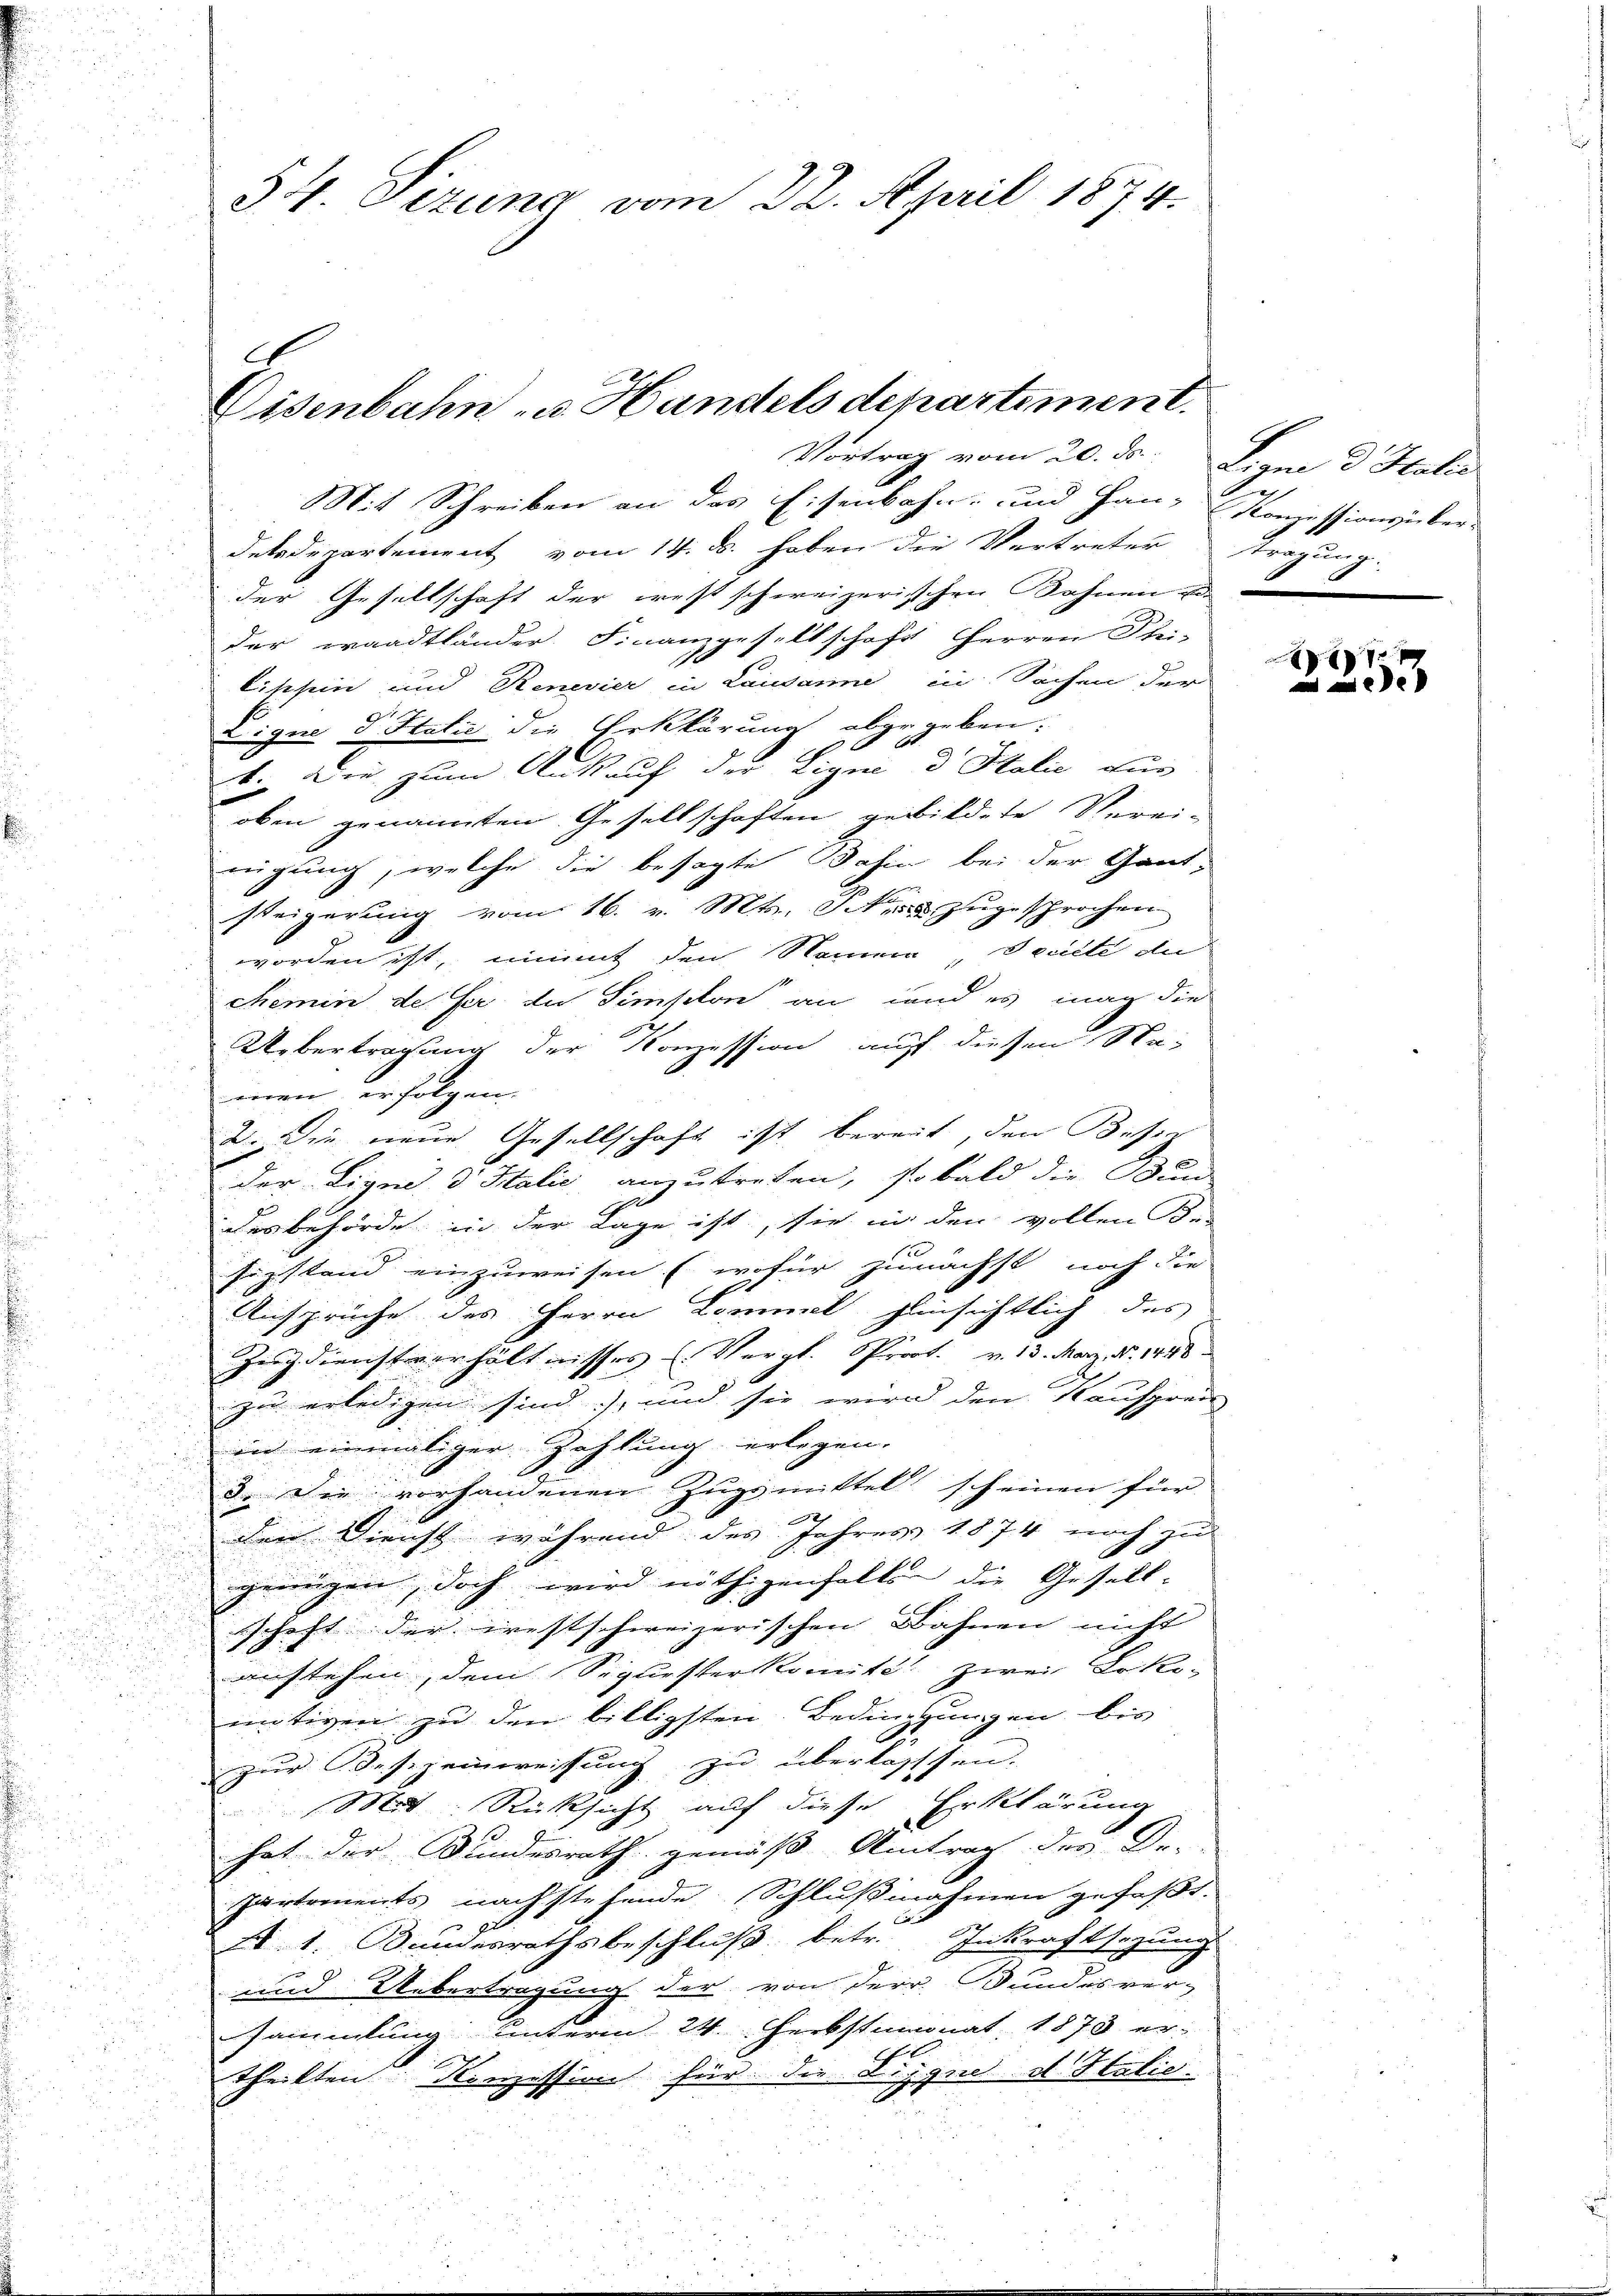
Mit Schreiben an das Eisenbahn- und Han- Konzessions über-
desdepartement vom 14. d. haben die Vertreter tragung.
der Gesellschaft der erst schweizerischen Bahnen u.
der waadtländer Finanzgesellschaft Herren Stei-
d
lischein und Renevier in Lausanne in Sachen der
Dingen d. Statie die Erklärung abgegeben:
A
9
v. Die zum Ankauf der Eigne u. Italie für
oben genannten Gesellschaften gebildete Verei-
nigung, welche die besagte Bahin bei der Gant-
steigerung vom 16. v. Mts. Ich zugesprochen
worden ist, nimmt den Namera deute de
chemin de ser du Simplon an und es mag die
Uebertragung der Konzession auf diesen Namen erfolgen.
2. Die neue Gesellschaft ist bereit, den Besen
der Liqui, d. Halić anzutreten, so bald die Bund
desbehörde in der Lage ist, sie in den vollen des
sizstand einzuweisen (wofür zunächst noch die
Ansprüche des Herrn Commel hinsichtlich des
Zugdienstverhältnisses (Vergl. Prost. v. 13. März. No. 1448
zu erledigen sind, und sie wird den Kaufprei
in einmaliger Zahlung erlegen.
3. Die vorhandenen Zugsmittel scheinen für
den Dienst während des Jahres 1874 noch zu
2
genügen, doch wird nöthigenfallen die Gesell-
schaft der westschweizerischen Bahnen nicht
anstehen, dem Sequesterkomite zwei Loko-
mitiven zu den billigsten Bedingungen bis
zur Besizeinweisung zu überlasssen.
Mit Rücksicht auf diese Erklärung
hat der Bundesrath gemäß Antrag des Or-
Partements nachstehende (Schlußnahmen gefaßt.
f
pr
A. 1. Bundesrathsbeschluß betr. Inkraftsazung
und Uebertragung der von der Bundesver-
sammlung unterm 24. Herbstmonat 1873 er-
theilten Konzession für die Liggn d Htalie

34. Dezung vom 22. April 1874.

.
Eisenbahn u. Handels departement.
Vortrag vom 20. ds.

Leyne 3 Stati

7
e